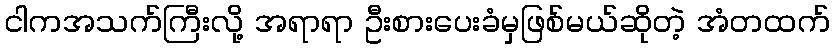
ငါကအသက်ကြီးလို့ အရာရာ ဦးစားပေးခံမှဖြစ်မယ်ဆိုတဲ့ အံတထက်